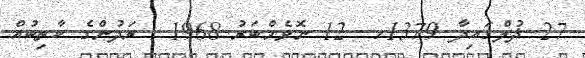
27 ޛުލްގައިދާ 1379ހ  12 ނޮވެމްބަރު 1968  ރަދުންގެ ކާތިބުއް